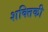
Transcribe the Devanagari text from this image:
शक्तिकी